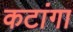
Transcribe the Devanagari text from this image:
कटांगा